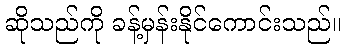
ဆိုသည်ကို ခန့်မှန်းနိုင်ကောင်းသည်။